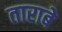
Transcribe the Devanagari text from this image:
ताराबे